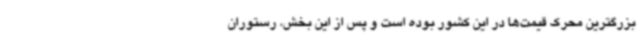
بزرگترین محرک قیمت‌ها در این کشور بوده است و پس از این بخش، رستوران